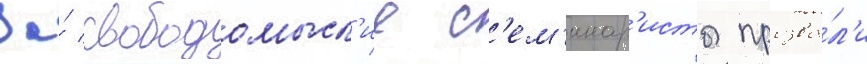
За́ свободомысл'ие с'ем'инар'исты прозва́л'и